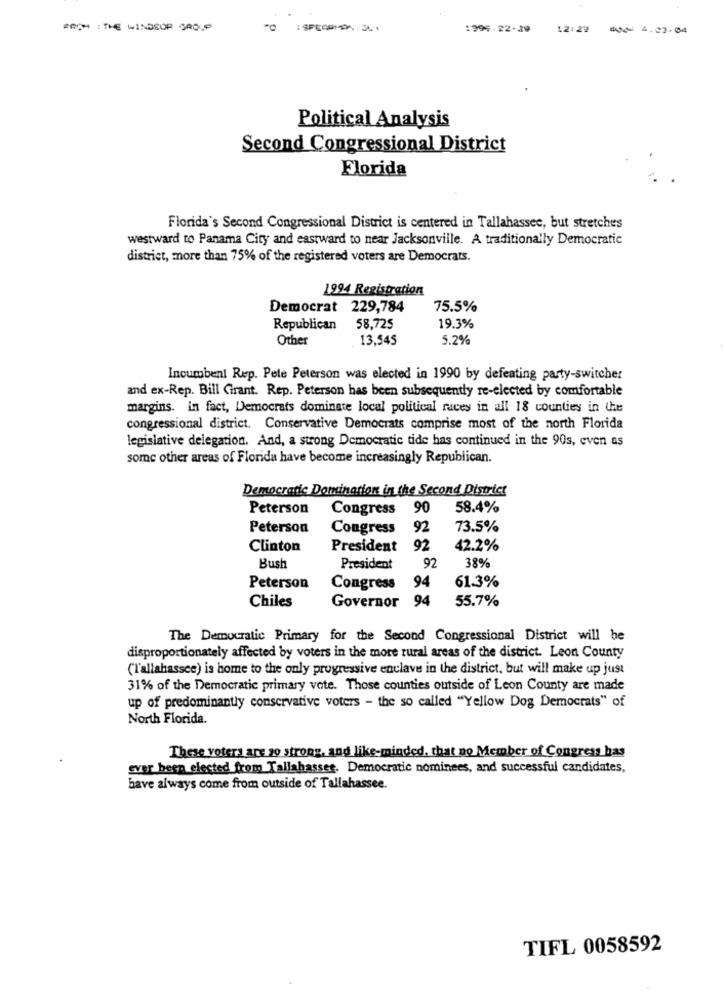
EACH : THE WINDSOR GROUP
TO : SPECIAL.
1995 22-39 12:27 #00 2. 03.04
Political Analysis
Second Congressional District
Florida
Florida's Second Congressional District is centered in Tallahassee, but stretches
westward to Panama City and eastward to near Jacksonville. A traditionally Democratic
district, more than 75% of the registered voters are Democrats.
1994 Registration
Democrat 229,784
75.5%
Republican
58,725
19.3%
Other
13,545
5.2%
Incumbent Rep. Pete Peterson was elected in 1990 by defeating party-switcher
and ex-Rep. Bill Girant. Rep. Peterson has been subsequently re-elected by comfortable
margins. in fact, Democrats dominate local political races in all 18 counties in the
congressional district. Conservative Democrats comprise most of the north Florida
legislative delegation. And, a strong Democratic tide has continued in the 90s, even as
some other areas of Florida have become increasingly Republican.
Democratic Domination in the Second District
Peterson
Congress
90
58.4%
Peterson
Congress
92
73.5%
Clinton
President
92
42.2%
Bush
President
92
38%
61.3%
Peterson
Congress
94
94
55.7%
Chiles
Governor
The Democratic Primary for the Second Congressional District will be
disproportionately affected by voters in the more rural areas of the district. Leon County
(Tallahassee) is home to the only progressive enclave in the district, but will make up just
31% of the Democratic primary vote. Those counties outside of Leon County are made
up of predominantly conservative voters - the so called "Yellow Dog Democrats" of
North Florida.
These voters are 20 strong, and like-minded, that no Member of Congress has
ever been elected from Tallahassee. Democratic nominees, and successful candidates,
have always come from outside of Tallahassee.
TIFL 0058592